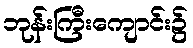
ဘုန်းကြီးကျောင်း၌